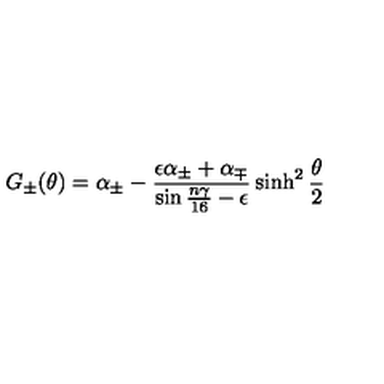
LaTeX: G _ { \pm } ( \theta ) = \alpha _ { \pm } - \frac { \epsilon \alpha _ { \pm } + \alpha _ { \mp } } { \sin { \frac { n \gamma } { 1 6 } } - \epsilon } \sinh ^ { 2 } \frac { \theta } { 2 }